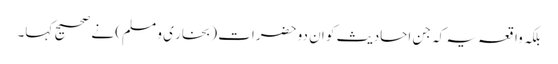
بلکہ واقعہ یہ کہ جن احادیث کو ان دو حضرات (بخار ی و مسلم) نے صحیح کہا۔